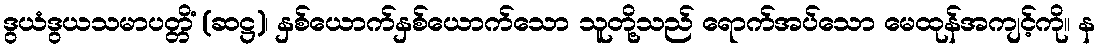
ဒွယံဒွယသမာပတ္တိံ (ဆဋ္ဌ)၊ နှစ်ယောက်နှစ်ယောက်သော သူတို့သည် ရောက်အပ်သော မေထုန်အကျင့်ကို။ န